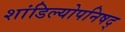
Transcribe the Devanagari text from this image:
शांडिल्योपनिषद्